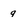
Character: 9